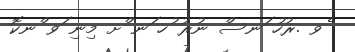
ެވ .ރުހު ަނސް ނުރު ުހ ަނ ްށ މިނި ަވ ްނކޮ